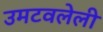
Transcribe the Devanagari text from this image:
उमटवलेली